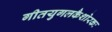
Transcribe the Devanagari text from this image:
गीतयुगलकैशोरकः